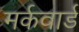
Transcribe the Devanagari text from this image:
मर्कवार्ड